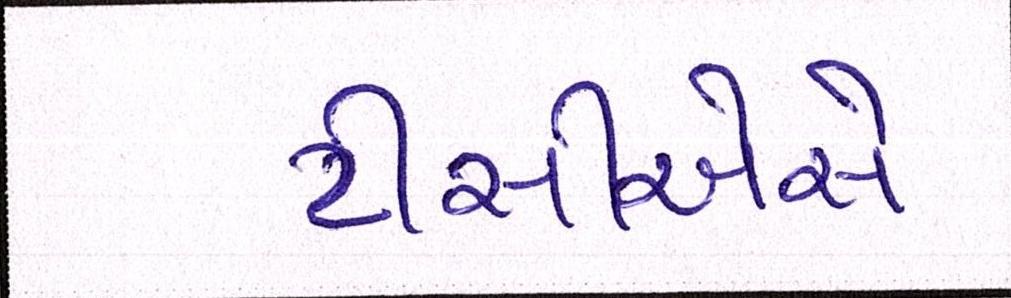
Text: ટીસીએસે